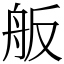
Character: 舨